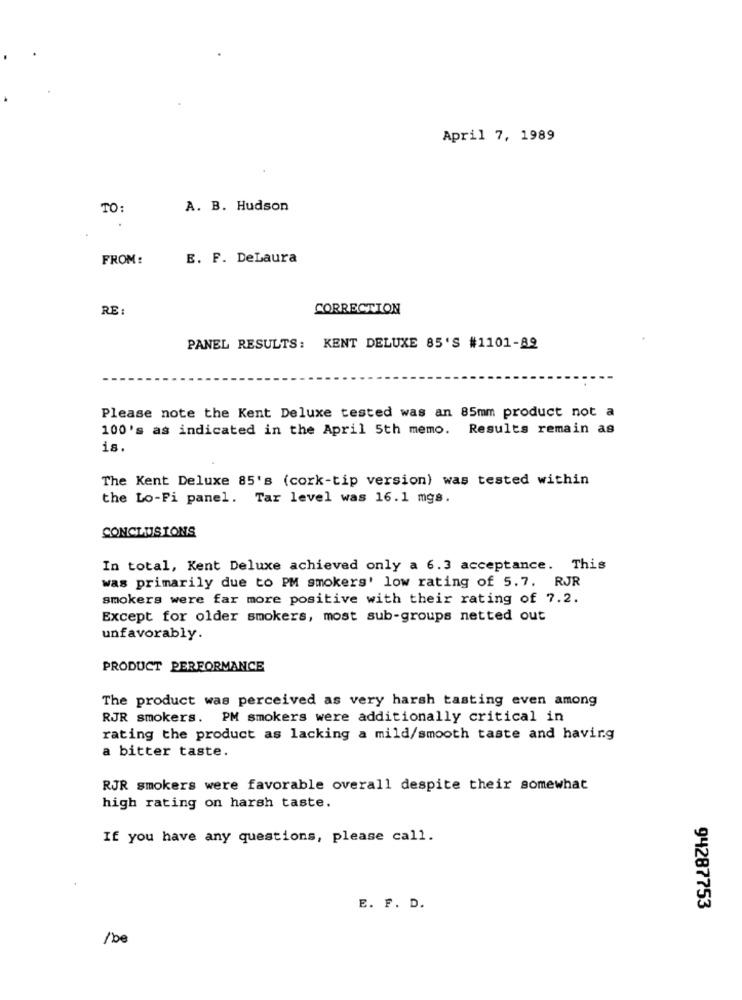
April 7, 1989
TO:
A. B. Hudson
FROM:
E. F. DeLaura
RE :
CORRECTION
PANEL RESULTS: KENT DELUXE 85'S #1101-89
Please note the Kent Deluxe tested was an 85mm product not a
100's as indicated in the April 5th memo.
Results remain as
is.
The Kent Deluxe 85's (cork-tip version) was tested within
the Lo-Fi panel. Tar level was 16.1 mgs.
CONCLUSIONS
In total, Kent Deluxe achieved only a 6.3 acceptance. This
was primarily due to PM smokers' low rating of 5.7. RJR
smokers were far more positive with their rating of 7.2.
Except for older smokers, most sub-groups netted out
unfavorably.
PRODUCT PERFORMANCE
The product was perceived as very harsh tasting even among
RJR smokers. PM smokers were additionally critical in
rating the product as lacking a mild/smooth taste and having
a bitter taste.
RJR smokers were favorable overall despite their somewhat
high rating on harsh taste.
If you have any questions, please call.
E. F. D.
94287753
/be